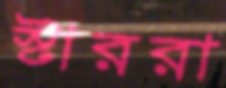
স্টাররা